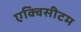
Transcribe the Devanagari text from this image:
एक्विसीटम